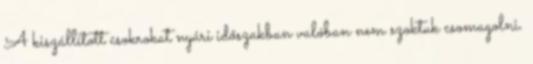
A kiszállított csokrokat nyári időszakban valóban nem szoktuk csomagolni.